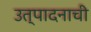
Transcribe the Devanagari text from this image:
उत्‍पादनाची